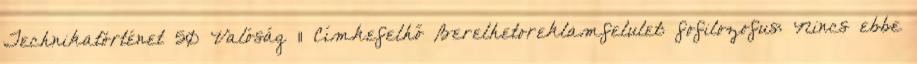
Technikatörténet 50 Valóság 11 Címkefelhő Berelhetoreklamfelulet: fofilozofus: Nincs ebbe